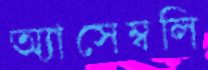
অ্যাসেম্বলি